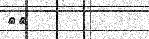
٥٦